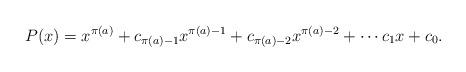
LaTeX: \begin{align*}P(x) = x^{\pi(a)} + c_{\pi(a) - 1}x^{\pi(a) - 1} + c_{\pi(a) - 2}x^{\pi(a) - 2} + \cdots c_1x + c_0.\end{align*}